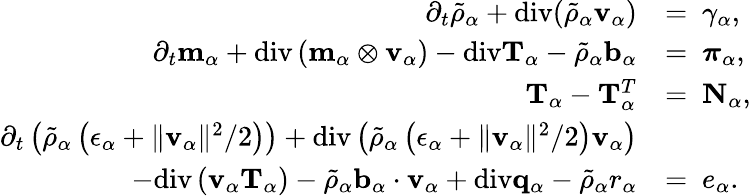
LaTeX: \begin{array}{rl}{\partial_{t}\tilde{\rho}_{\alpha}+\mathrm{div}(\tilde{\rho}_{\alpha}\mathbf{v}_{\alpha})}&{=~\gamma_{\alpha},}\\ {\partial_{t}\mathbf{m}_{\alpha}+\mathrm{div}\left(\mathbf{m}_{\alpha}\otimes\mathbf{v}_{\alpha}\right)-\mathrm{div}\mathbf{T}_{\alpha}-\tilde{\rho}_{\alpha}\mathbf{b}_{\alpha}}&{=~\boldsymbol{\pi}_{\alpha},}\\ {\mathbf{T}_{\alpha}-\mathbf{T}_{\alpha}^{T}}&{=~\mathbf{N}_{\alpha},}\\ {\partial_{t}\left(\tilde{\rho}_{\alpha}\left(\epsilon_{\alpha}+\| \mathbf{v}_{\alpha}\| ^{2}/2\right)\right)+\mathrm{div}\left(\tilde{\rho}_{\alpha}\left(\epsilon_{\alpha}+\| \mathbf{v}_{\alpha}\| ^{2}/2\right)\mathbf{v}_{\alpha}\right)}&{~}\\ {-\mathrm{div}\left(\mathbf{v}_{\alpha}\mathbf{T}_{\alpha}\right)-\tilde{\rho}_{\alpha}\mathbf{b}_{\alpha}\cdot\mathbf{v}_{\alpha}+\mathrm{div}\mathbf{q}_{\alpha}-\tilde{\rho}_{\alpha}r_{\alpha}}&{=~e_{\alpha}.}\end{array}